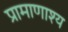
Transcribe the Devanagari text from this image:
प्रामाणाश्य